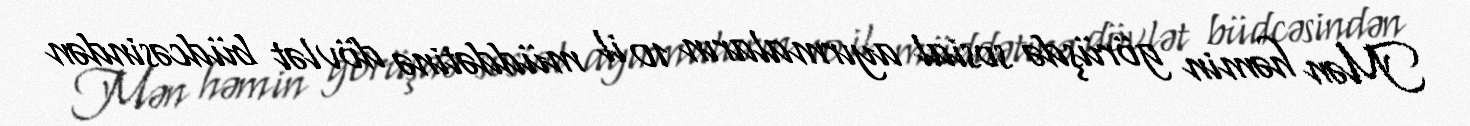
Mən həmin görüşdə sosial ayırmaların 10 il müddətinə dövlət büdcəsindən